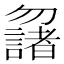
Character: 𠤌